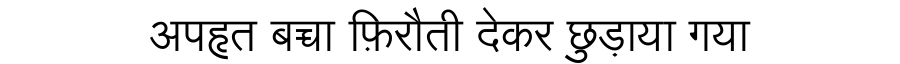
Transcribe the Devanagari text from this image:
अपहृत बच्चा फ़िरौती देकर छुड़ाया गया